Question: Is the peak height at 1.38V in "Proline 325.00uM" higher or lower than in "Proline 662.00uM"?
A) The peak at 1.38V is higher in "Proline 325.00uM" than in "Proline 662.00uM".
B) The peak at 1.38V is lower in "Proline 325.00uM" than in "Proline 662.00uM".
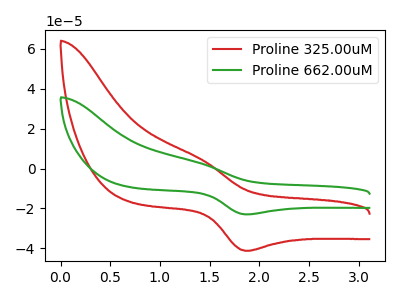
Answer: <think>The red curve "Proline 325.00uM" has an anodic peak at (1.40V, 5.50uA) and a cathodic peak at (1.85V, -41.25uA). The green curve "Proline 662.00uM" has an anodic peak at (1.40V, 3.10uA) and a cathodic peak at (1.85V, -23.00uA).</think>
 <answer>A) The peak at 1.38V is higher in "Proline 325.00uM" than in "Proline 662.00uM".</answer>
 <eval>A</eval>